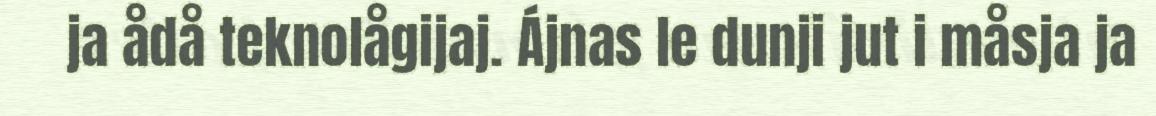
ja ådå teknolågijaj. Ájnas le dunji jut i måsja ja